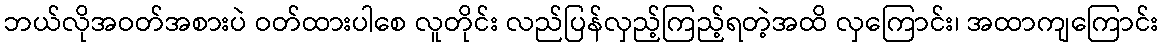
ဘယ်လိုအဝတ်အစားပဲ ဝတ်ထားပါစေ လူတိုင်း လည်ပြန်လှည့်ကြည့်ရတဲ့အထိ လှကြောင်း၊ အထာကျကြောင်း